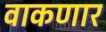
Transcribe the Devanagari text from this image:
वाकणार